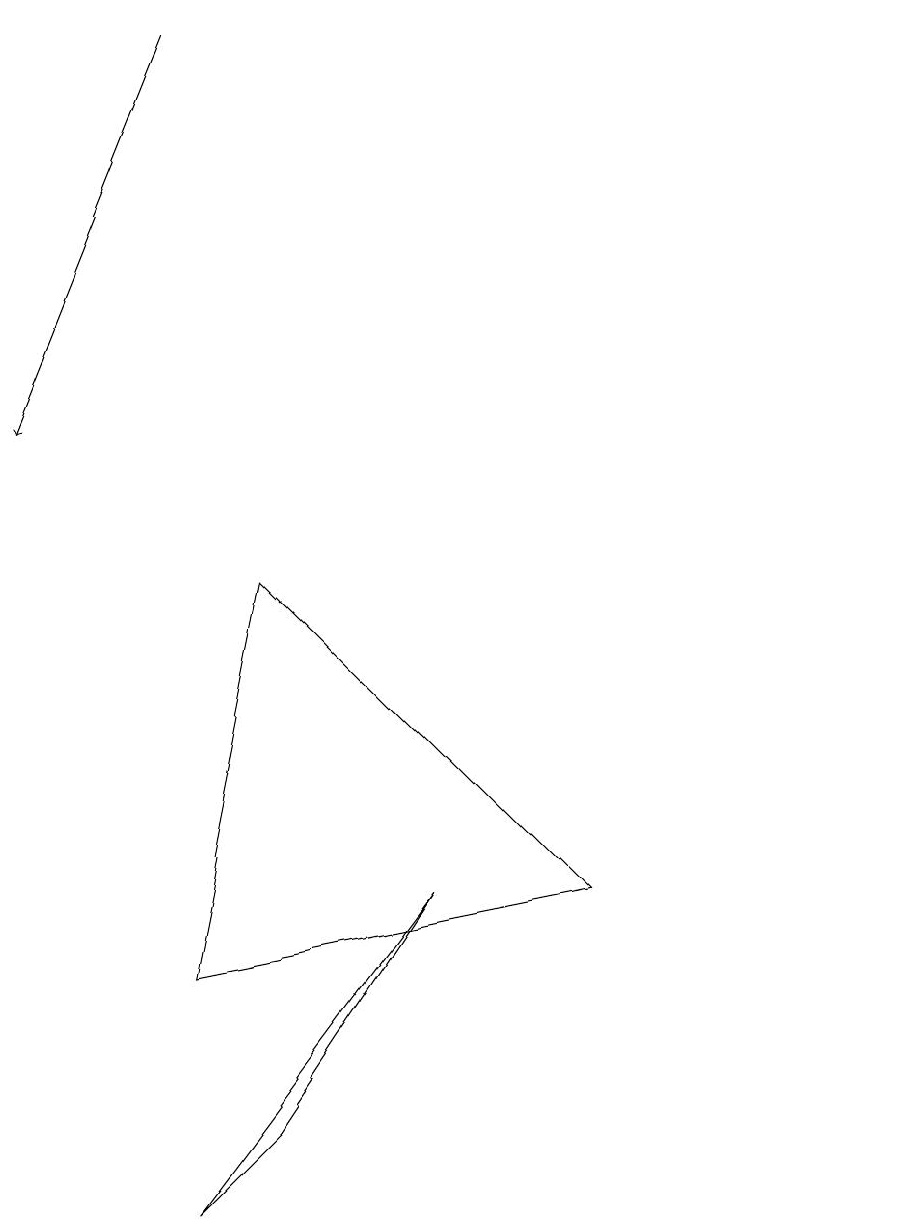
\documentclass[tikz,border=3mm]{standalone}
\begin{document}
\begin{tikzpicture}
\draw[->] (2,16) -- (0,11);
\draw (11,10) circle (0);
\draw (2,1) -- (5,5) -- (3,2) -- cycle;
\draw (10,12) circle (0);
\draw (3,9) -- (7,5) -- (2,4) -- cycle;
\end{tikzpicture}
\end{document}